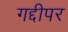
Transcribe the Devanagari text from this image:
गद्दीपर